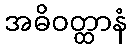
အဓိဝတ္ထာနံ